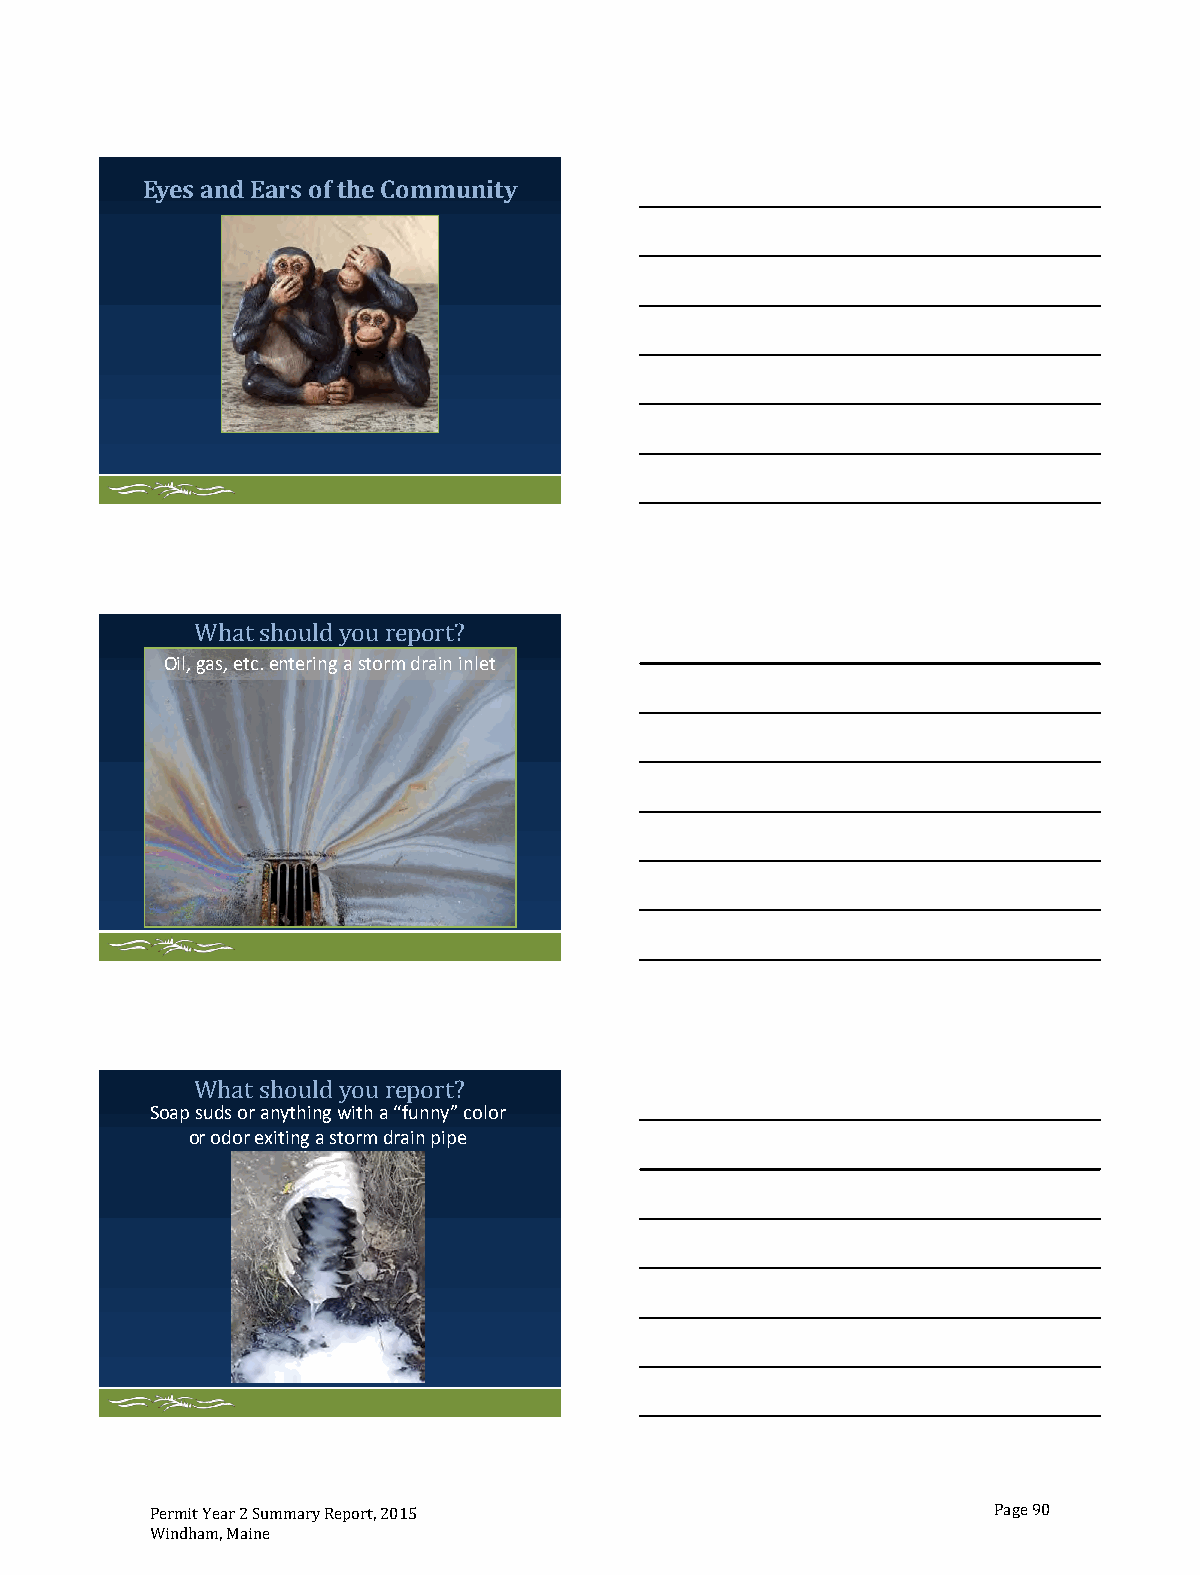
Eyes and Ears of the Community
 t s  ld ou r
 Oil, gas, etc. entering a storm drain inlet
 Wha  hou y   eport?
 What sh   ou r
 Soap suds or anything with a “funny” color
 or odor exiting a storm drain pipe
 ouldy  eport?
 Permit Year 2 Summary Report, 2015                      Page 90
 Windham, Maine